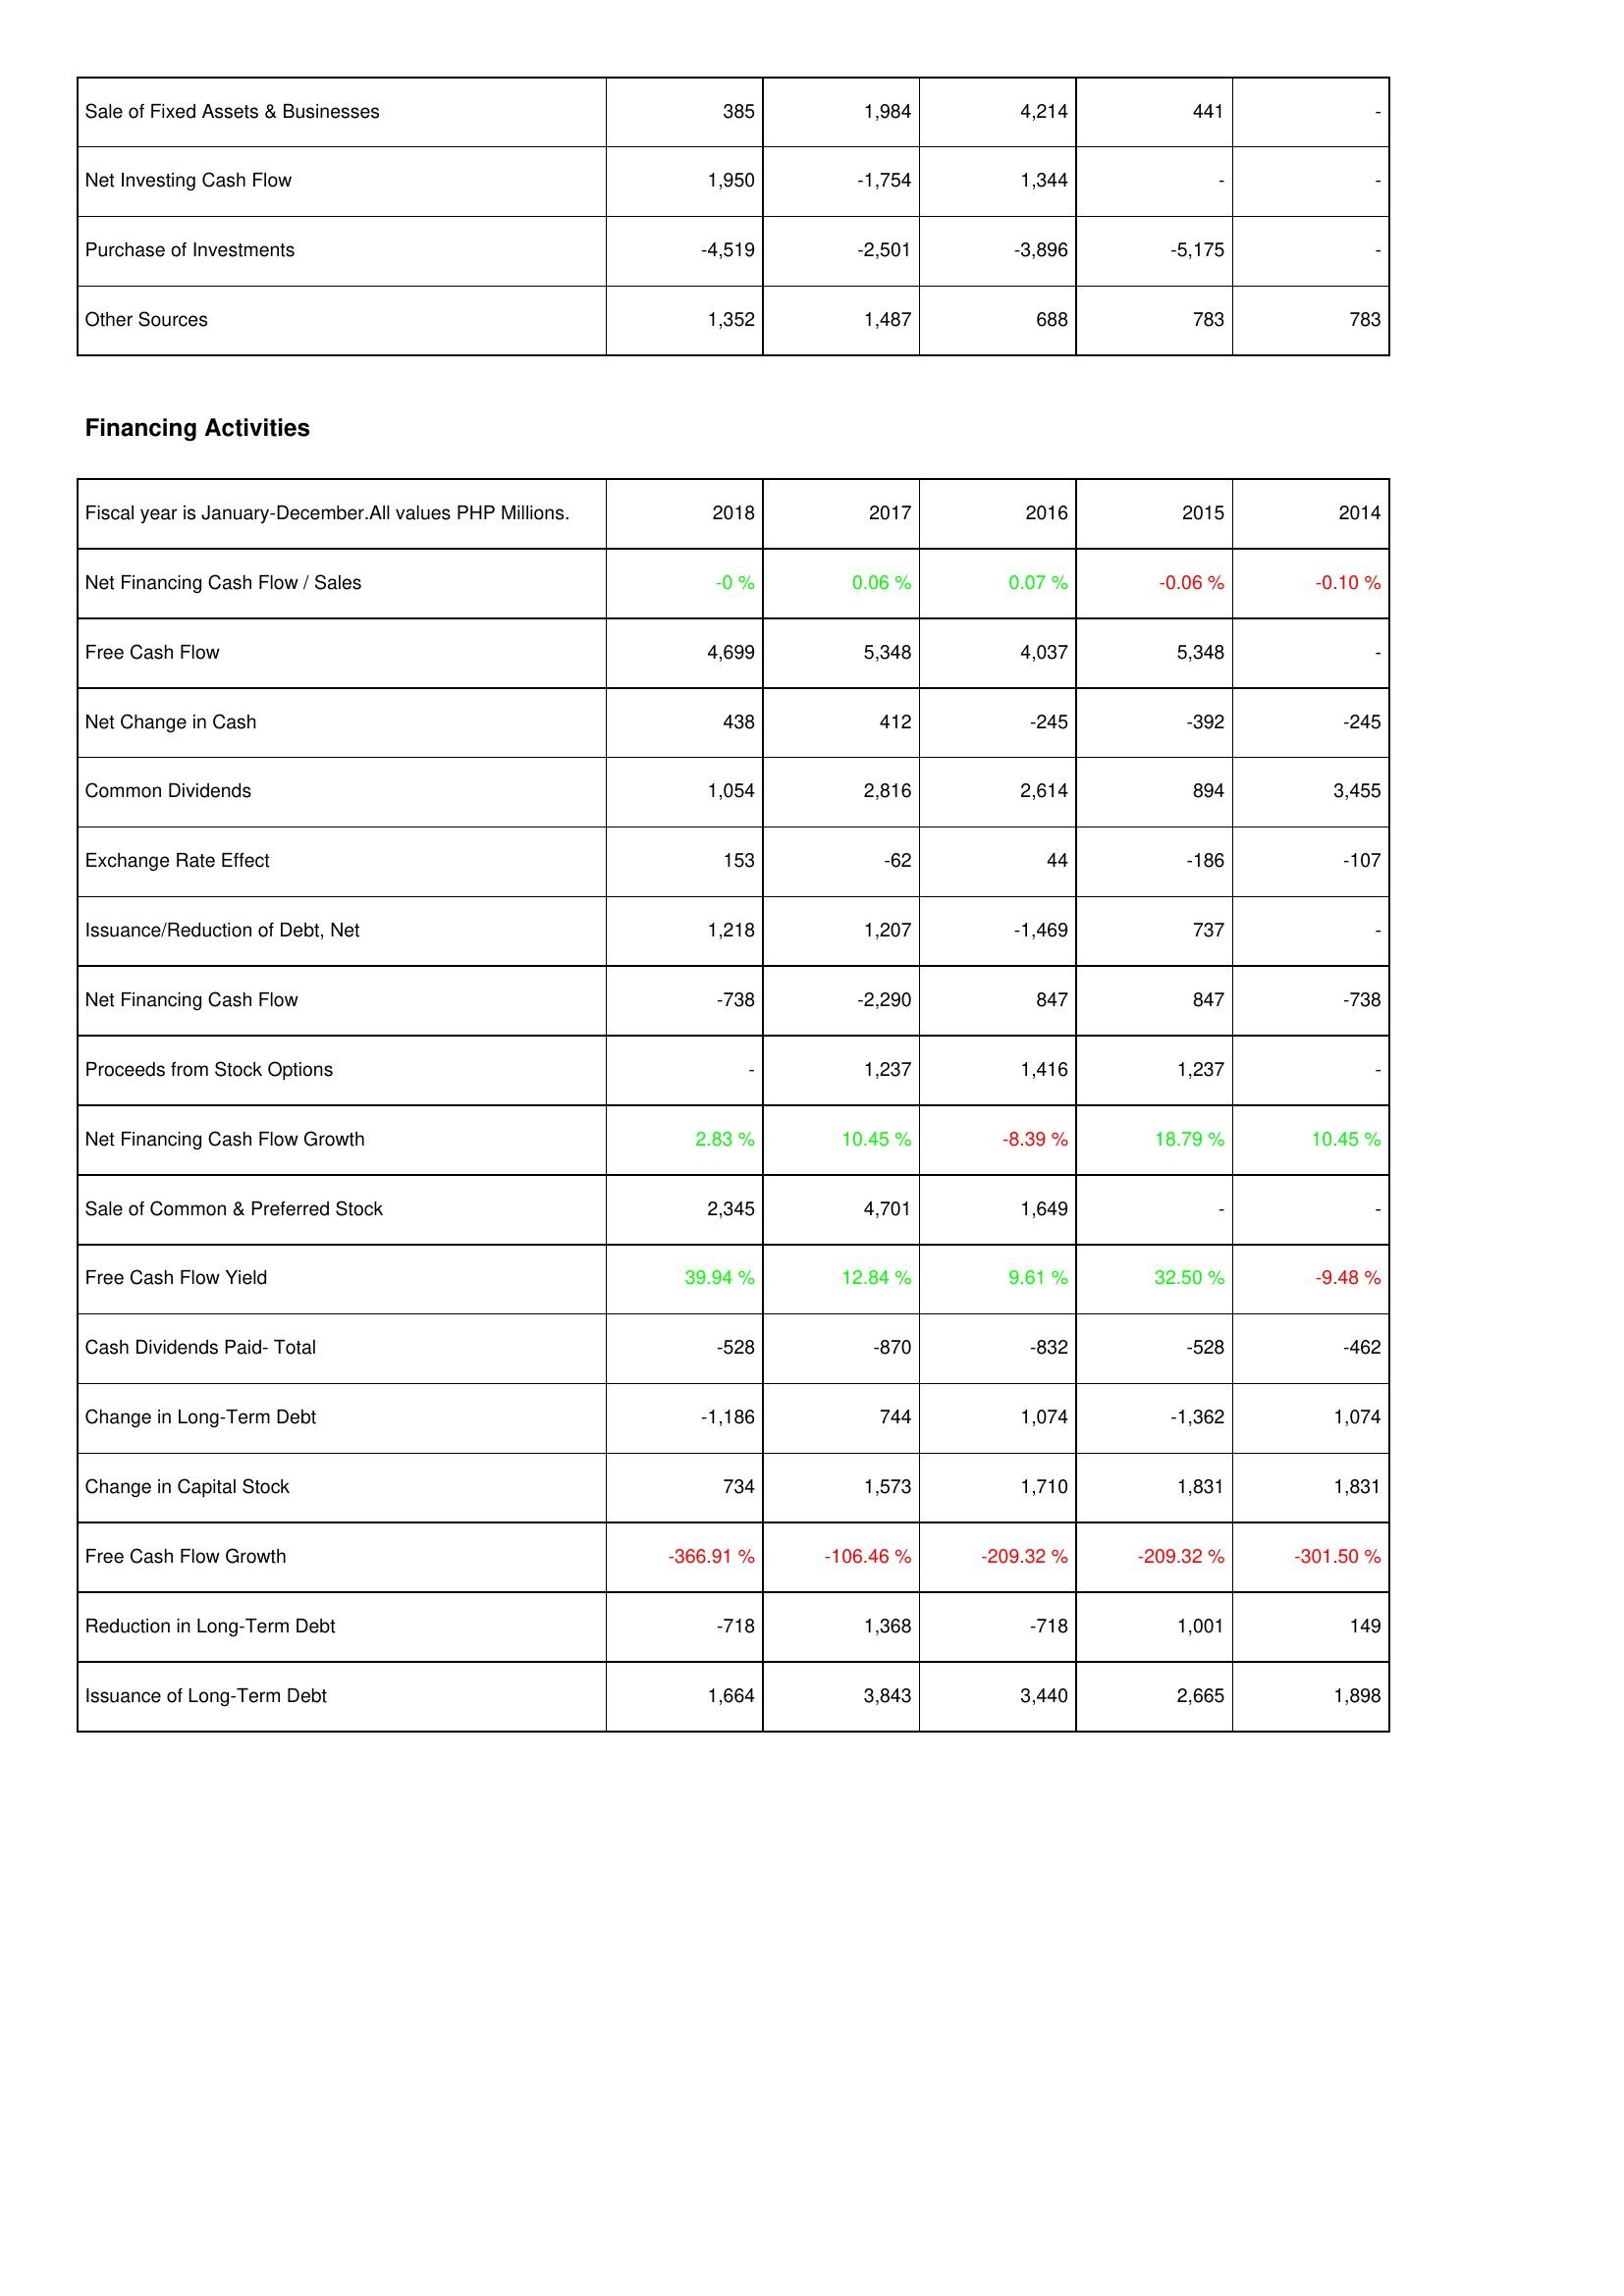
2018: Investing Activities: Sale of Fixed Assets & Businesses: 385
Net Investing Cash Flow: 1,950
Purchase of Investments: -4,519
Other Sources: 1,352
Financing Activities: Net Financing Cash Flow / Sales: -0 %
Free Cash Flow: 4,699
Net Change in Cash: 438
Common Dividends: 1,054
Exchange Rate Effect: 153
Issuance/Reduction of Debt, Net: 1,218
Net Financing Cash Flow: -738
Proceeds from Stock Options: -
Net Financing Cash Flow Growth: 2.83 %
Sale of Common & Preferred Stock: 2,345
Free Cash Flow Yield: 39.94 %
Cash Dividends Paid- Total: -528
Change in Long-Term Debt: -1,186
Change in Capital Stock: 734
Free Cash Flow Growth: -366.91 %
Reduction in Long-Term Debt: -718
Issuance of Long-Term Debt: 1,664
2017: Investing Activities: Sale of Fixed Assets & Businesses: 1,984
Net Investing Cash Flow: -1,754
Purchase of Investments: -2,501
Other Sources: 1,487
Financing Activities: Net Financing Cash Flow / Sales: 0.06 %
Free Cash Flow: 5,348
Net Change in Cash: 412
Common Dividends: 2,816
Exchange Rate Effect: -62
Issuance/Reduction of Debt, Net: 1,207
Net Financing Cash Flow: -2,290
Proceeds from Stock Options: 1,237
Net Financing Cash Flow Growth: 10.45 %
Sale of Common & Preferred Stock: 4,701
Free Cash Flow Yield: 12.84 %
Cash Dividends Paid- Total: -870
Change in Long-Term Debt: 744
Change in Capital Stock: 1,573
Free Cash Flow Growth: -106.46 %
Reduction in Long-Term Debt: 1,368
Issuance of Long-Term Debt: 3,843
2016: Investing Activities: Sale of Fixed Assets & Businesses: 4,214
Net Investing Cash Flow: 1,344
Purchase of Investments: -3,896
Other Sources: 688
Financing Activities: Net Financing Cash Flow / Sales: 0.07 %
Free Cash Flow: 4,037
Net Change in Cash: -245
Common Dividends: 2,614
Exchange Rate Effect: 44
Issuance/Reduction of Debt, Net: -1,469
Net Financing Cash Flow: 847
Proceeds from Stock Options: 1,416
Net Financing Cash Flow Growth: -8.39 %
Sale of Common & Preferred Stock: 1,649
Free Cash Flow Yield: 9.61 %
Cash Dividends Paid- Total: -832
Change in Long-Term Debt: 1,074
Change in Capital Stock: 1,710
Free Cash Flow Growth: -209.32 %
Reduction in Long-Term Debt: -718
Issuance of Long-Term Debt: 3,440
2015: Investing Activities: Sale of Fixed Assets & Businesses: 441
Net Investing Cash Flow: -
Purchase of Investments: -5,175
Other Sources: 783
Financing Activities: Net Financing Cash Flow / Sales: -0.06 %
Free Cash Flow: 5,348
Net Change in Cash: -392
Common Dividends: 894
Exchange Rate Effect: -186
Issuance/Reduction of Debt, Net: 737
Net Financing Cash Flow: 847
Proceeds from Stock Options: 1,237
Net Financing Cash Flow Growth: 18.79 %
Sale of Common & Preferred Stock: -
Free Cash Flow Yield: 32.50 %
Cash Dividends Paid- Total: -528
Change in Long-Term Debt: -1,362
Change in Capital Stock: 1,831
Free Cash Flow Growth: -209.32 %
Reduction in Long-Term Debt: 1,001
Issuance of Long-Term Debt: 2,665
2014: Investing Activities: Sale of Fixed Assets & Businesses: -
Net Investing Cash Flow: -
Purchase of Investments: -
Other Sources: 783
Financing Activities: Net Financing Cash Flow / Sales: -0.10 %
Free Cash Flow: -
Net Change in Cash: -245
Common Dividends: 3,455
Exchange Rate Effect: -107
Issuance/Reduction of Debt, Net: -
Net Financing Cash Flow: -738
Proceeds from Stock Options: -
Net Financing Cash Flow Growth: 10.45 %
Sale of Common & Preferred Stock: -
Free Cash Flow Yield: -9.48 %
Cash Dividends Paid- Total: -462
Change in Long-Term Debt: 1,074
Change in Capital Stock: 1,831
Free Cash Flow Growth: -301.50 %
Reduction in Long-Term Debt: 149
Issuance of Long-Term Debt: 1,898